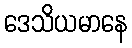
ဒေသိယမာနေ